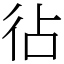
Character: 𢓕